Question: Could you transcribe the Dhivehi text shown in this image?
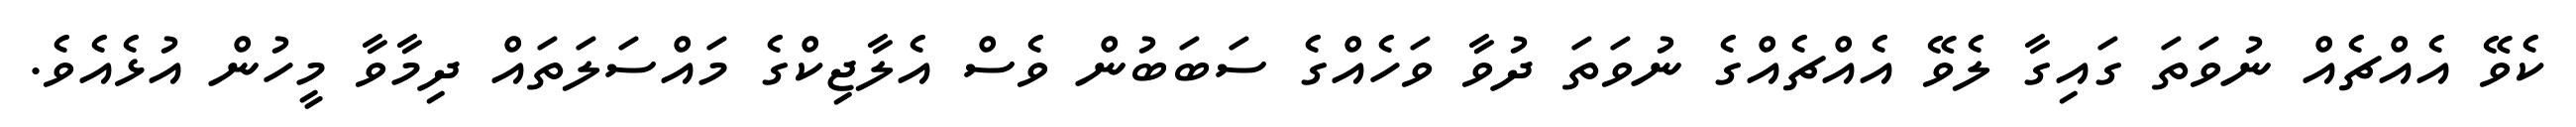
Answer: ކެވޭ އެއްޗެއް ނުވަތަ ގައިގާ ލެވޭ އެއްޗެއްގެ ނުވަތަ ދުވާ ވަހެއްގެ ސަބަބުން ވެސް އެލާޖިކްގެ މައްސަލަތައް ދިމާވާ މީހުން އުޅެއެވެ.